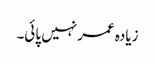
زیادہ عمر نہیں پائی۔